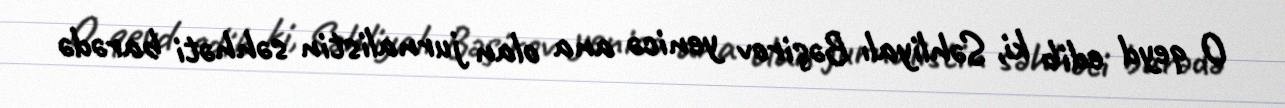
O qeyd edib ki, Səhliyalı Bəşirov yenicə ana olan jurnalistin səhhəti barədə